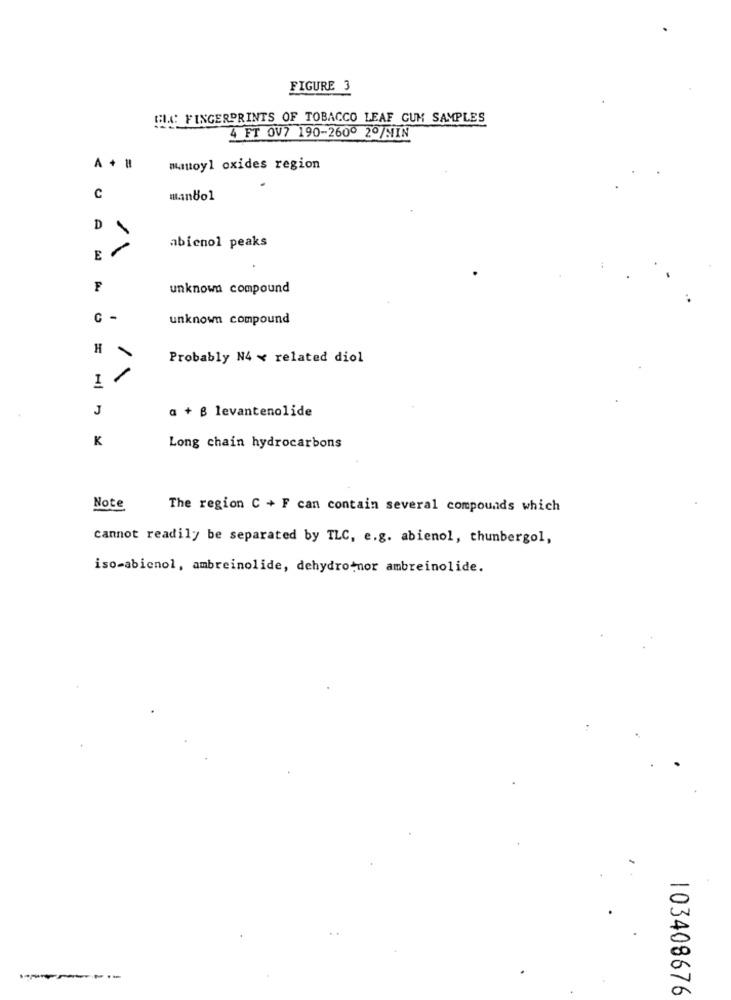
FIGURE 3
GLC FINGERPRINTS OF TOBACCO LEAF CUM SAMPLES
4 FT OV7 190-260º 2º/MIN
A + !!
manoyl oxides region
C
manbol
D
abicnol peaks
E
F
unknown compound
C -
unknown compound
H
Probably N4 ¥ related diol
I
J
a + B levantenolide
K
Long chain hydrocarbons
Note
The region C + F can contain several compounds which
cannot readily be separated by TLC, e.g. abienol, thunbergol,
iso-abicnol, ambreinolide, dehydro-nor ambreinolide.
103408676